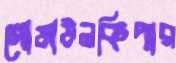
গোডাউনকিপার